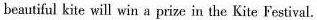
beautiful kite will win a prize in the Kite Festival.